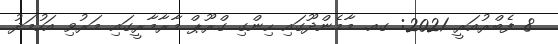
8 ފެބްރުއަރީ 2021: ގއ. މާމެންދޫގައި ހިންގި ގްރޫޕް މާރާމާރީގައި މަރުވި އަހުމަދު